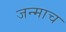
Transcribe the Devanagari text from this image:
जन्माच